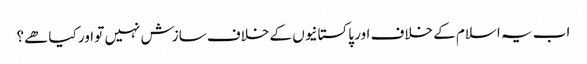
اب یہ اسلام کے خلاف اور پاکستانیوں کے خلاف سازش نہیں تو اور کیا ھے؟